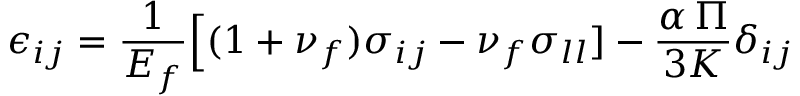
\epsilon _ { i j } = \frac { 1 } { E _ { f } } \Big [ ( 1 + \nu _ { f } ) \sigma _ { i j } - \nu _ { f } \sigma _ { l l } ] - \frac { \alpha \, \Pi } { 3 K } \delta _ { i j }